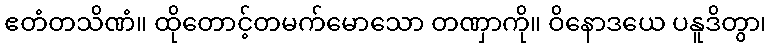
ဧတံတသိဏံ။ ထိုတောင့်တမက်မောသော တဏှာကို။ ဝိနောဒယေ ပနူဒိတွာ၊